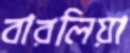
বারলিয়া